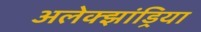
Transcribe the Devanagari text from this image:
अलेक्‍झांड्रिया